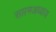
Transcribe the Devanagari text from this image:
सप्तमअध्याय